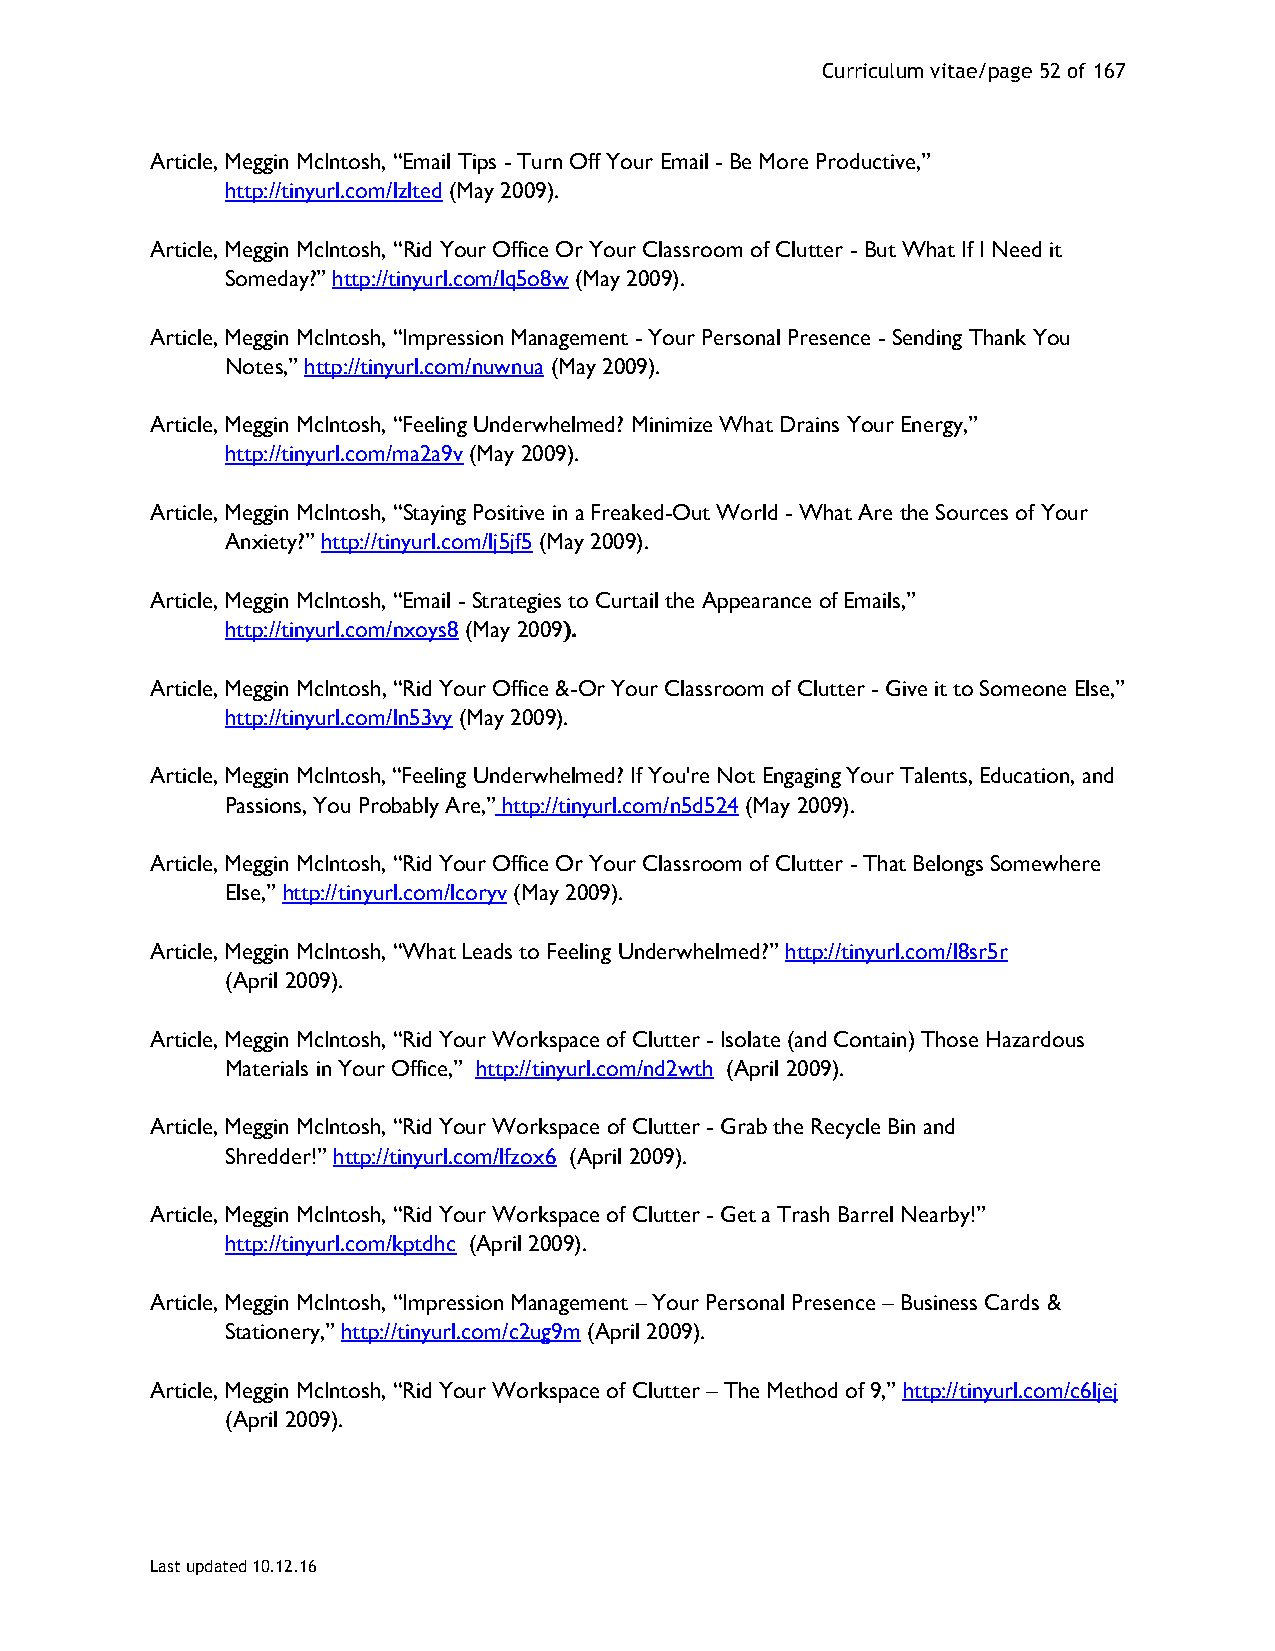
Curriculum vitae/page 52 of 167
 Article, Meggin McIntosh, “Email Tips - Turn Off Your Email - Be More Productive,”
 http://tinyurl.com/lzlted (May 2009).
 Article, Meggin McIntosh, “Rid Your Office Or Your Classroom of Clutter - But What If I Need it
 Someday?” http://tinyurl.com/lq5o8w (May 2009).
 Article, Meggin McIntosh, “Impression Management - Your Personal Presence - Sending Thank You
 Notes,” http://tinyurl.com/nuwnua (May 2009).
 Article, Meggin McIntosh, “Feeling Underwhelmed? Minimize What Drains Your Energy,”
 http://tinyurl.com/ma2a9v (May 2009).
 Article, Meggin McIntosh, “Staying Positive in a Freaked-Out World - What Are the Sources of Your
 Anxiety?” http://tinyurl.com/lj5jf5 (May 2009).
 Article, Meggin McIntosh, “Email - Strategies to Curtail the Appearance of Emails,”
 http://tinyurl.com/nxoys8 (May 2009).
 Article, Meggin McIntosh, “Rid Your Office &-Or Your Classroom of Clutter - Give it to Someone Else,”
 http://tinyurl.com/ln53vy (May 2009).
 Article, Meggin McIntosh, “Feeling Underwhelmed? If You're Not Engaging Your Talents, Education, and
 Passions, You Probably Are,” http://tinyurl.com/n5d524 (May 2009).
 Article, Meggin McIntosh, “Rid Your Office Or Your Classroom of Clutter - That Belongs Somewhere
 Else,” http://tinyurl.com/lcoryv (May 2009).
 Article, Meggin McIntosh, “What Leads to Feeling Underwhelmed?” http://tinyurl.com/l8sr5r
 (April 2009).
 Article, Meggin McIntosh, “Rid Your Workspace of Clutter - Isolate (and Contain) Those Hazardous
 Materials in Your Office,” http://tinyurl.com/nd2wth (April 2009).
 Article, Meggin McIntosh, “Rid Your Workspace of Clutter - Grab the Recycle Bin and
 Shredder!” http://tinyurl.com/lfzox6 (April 2009).
 Article, Meggin McIntosh, “Rid Your Workspace of Clutter - Get a Trash Barrel Nearby!”
 http://tinyurl.com/kptdhc (April 2009).
 Article, Meggin McIntosh, “Impression Management – Your Personal Presence – Business Cards &
 Stationery,” http://tinyurl.com/c2ug9m (April 2009).
 Article, Meggin McIntosh, “Rid Your Workspace of Clutter – The Method of 9,” http://tinyurl.com/c6ljej
 (April 2009).
 Last updated 10.12.16